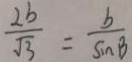
\frac { 2 b } { \sqrt { 3 } } = \frac { b } { \sin B }